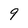
Character: 9